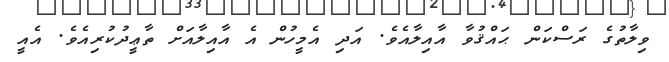
ވިލާތުގެ ރަސްކަން ޙައްޤުވާ އާއިލާއެވެ. އަދި އެމީހުން އެ އާއިލާއަށް ތާޢީދުކުރިއެވެ. އެއީ